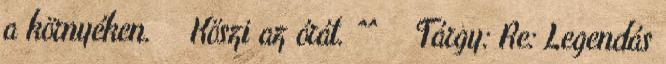
a környéken. Köszi az órát. ^^ Tárgy: Re: Legendás